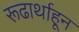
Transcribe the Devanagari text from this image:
रूढार्थाहून